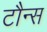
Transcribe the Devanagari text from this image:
टौन्स